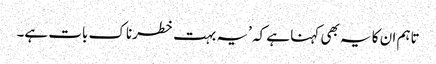
تاہم ان کا یہ بھی کہنا ہے کہ ’یہ بہت خطرناک بات ہے۔